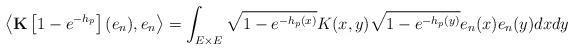
LaTeX: \begin{align*}\left\langle \mathbf{K}\left[1-e^{-h_p}\right](e_n),e_n \right\rangle=\int_{E\times E}\sqrt{1-e^{-h_p(x)}} K(x,y) \sqrt{1-e^{-h_p(y)}}e_n(x)e_n(y)dxdy\end{align*}